Report on the lunatic asylums under the Government of Bombay - 1904-1913
Year: 1904
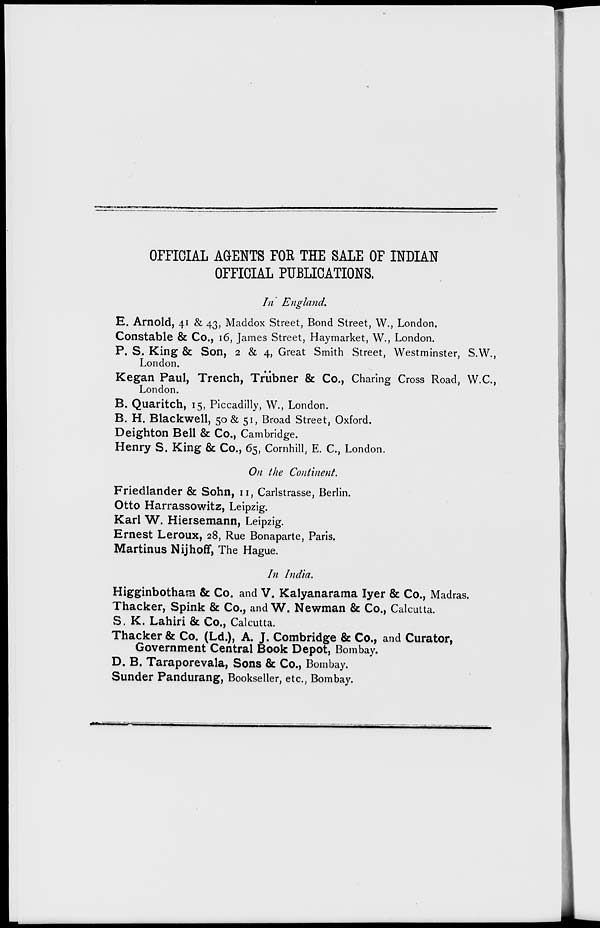
OFFICIAL AGENTS FOR THE SALE OF INDIAN
OFFICIAL PUBLICATIONS.
In England.
E. Arnold, 41 & 43, Maddox Street, Bond Street, W., London.
Constable & Co., 16, James Street, Haymarket, W., London.
P. S. King & Son, 2 & 4, Great Smith Street, Westminster, S.W.,
London.
Kegan Paul, Trench, Trübner & Co., Charing Cross Road, W.C.,
London.
B. Quaritch, 15, Piccadilly, W., London.
B. H. Blackwell, 50 & 51, Broad Street, Oxford.
Deighton Bell & Co., Cambridge.
Henry S. King & Co., 65, Cornhill, E. C., London.
On the Continent.
Friedlander & Sohn, 11, Carlstrasse, Berlin.
Otto Harrassowitz, Leipzig.
Karl W. Hiersemann, Leipzig.
Ernest Leroux, 28, Rue Bonaparte, Paris.
Martinus Nijhoff, The Hague.
In India.
Higginbotham & Co. and V. Kalyanarama Iyer & Co., Madras.
Thacker, Spink & Co., and W. Newman & Co., Calcutta.
S. K. Lahiri & Co., Calcutta.
Thacker & Co. (Ld.), A. J. Combridge & Co., and Curator,
Government Central Book Depot, Bombay.
D. B. Taraporevala, Sons & Co., Bombay.
Sunder Pandurang, Bookseller, etc., Bombay.